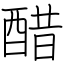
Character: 醋